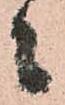
々